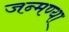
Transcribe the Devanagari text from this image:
जन्मण्या